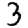
Digit: 3